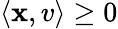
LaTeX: \langle\mathbf{x},v\rangle\geq0